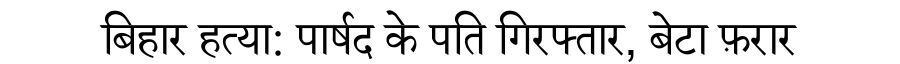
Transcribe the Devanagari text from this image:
बिहार हत्या: पार्षद के पति गिरफ्तार, बेटा फ़रार